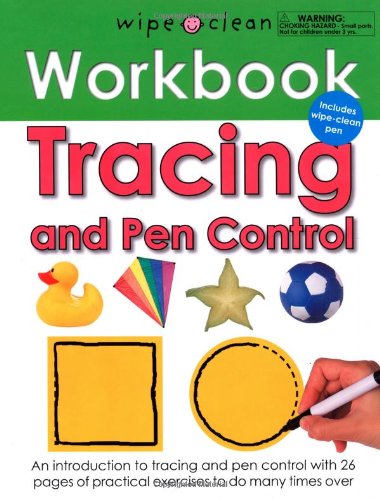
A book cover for Wipe Clean Workbook Tracing and Pen Control (Wipe Clean Workbooks); Roger Priddy; Children's Books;